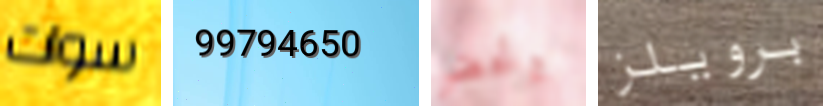
سوات 99794650 وتحضر برويلز